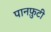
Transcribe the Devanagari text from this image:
पानफ़ुटी